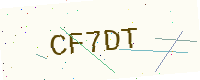
Text: CF7DT